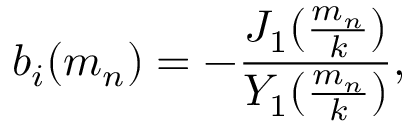
b _ { i } ( m _ { n } ) = - { \frac { J _ { 1 } ( { \frac { m _ { n } } { k } } ) } { Y _ { 1 } ( { \frac { m _ { n } } { k } } ) } } ,